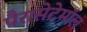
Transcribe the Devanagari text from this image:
पैरासेटेमॉल